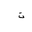
Letter: _ta